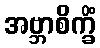
အဗ္ဘာစိက္ခိံ